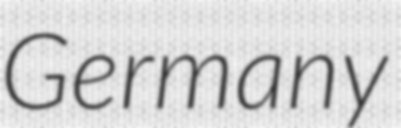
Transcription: Germany